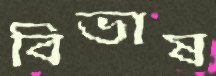
বিভাষ